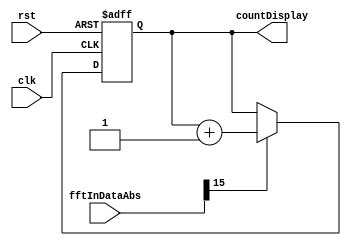
module clapCounter (
  input clk,
  input rst,
  input [15:0] fftInDataAbs,
  output reg [3:0] countDisplay
);


  always @(posedge clk or posedge rst) 
  begin
  
   if (rst)
	begin
		countDisplay <= 4'b0000;
	end
	else if (fftInDataAbs[15] == 1'b1)
	begin
		countDisplay <= countDisplay + 1'b1;
	end
  end

endmodule